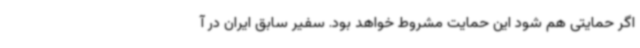
اگر حمایتی هم شود این حمایت مشروط خواهد بود. سفیر سابق ایران در آ